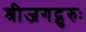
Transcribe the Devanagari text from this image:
श्रीजगद्गुरुः